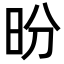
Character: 昐